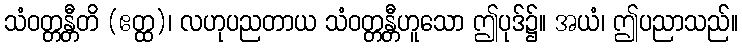
သံဝတ္တန္တီတိ (ဧတ္ထ)၊ လဟုပညတာယ သံဝတ္တန္တီဟူသော ဤပုဒ်၌။ အယံ၊ ဤပညာသည်။